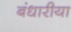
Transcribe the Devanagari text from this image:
बंधारीया